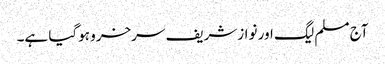
آج مسلم لیگ اور نوازشریف سرخرو ہوگیا ہے۔